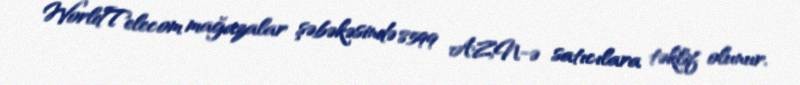
WorldTelecom mağazalar şəbəkəsində 8599 AZN-ə satıcılara təklif olunur.